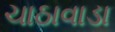
ચાઠાવાડા